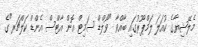
މެލޭޝިޔާގެ ކުއަލަ ލަމްޕޫރުގައި ބާއްވާ "ވޯލްޑް ސަމިޓް އޮން އާޓްސް އެންޑް ކަލްޗަރ"ގެ